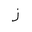
Letter: _zay